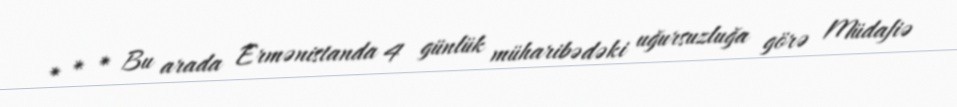
* * * Bu arada Ermənistanda 4 günlük müharibədəki uğursuzluğa görə Müdafiə